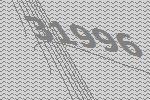
31996